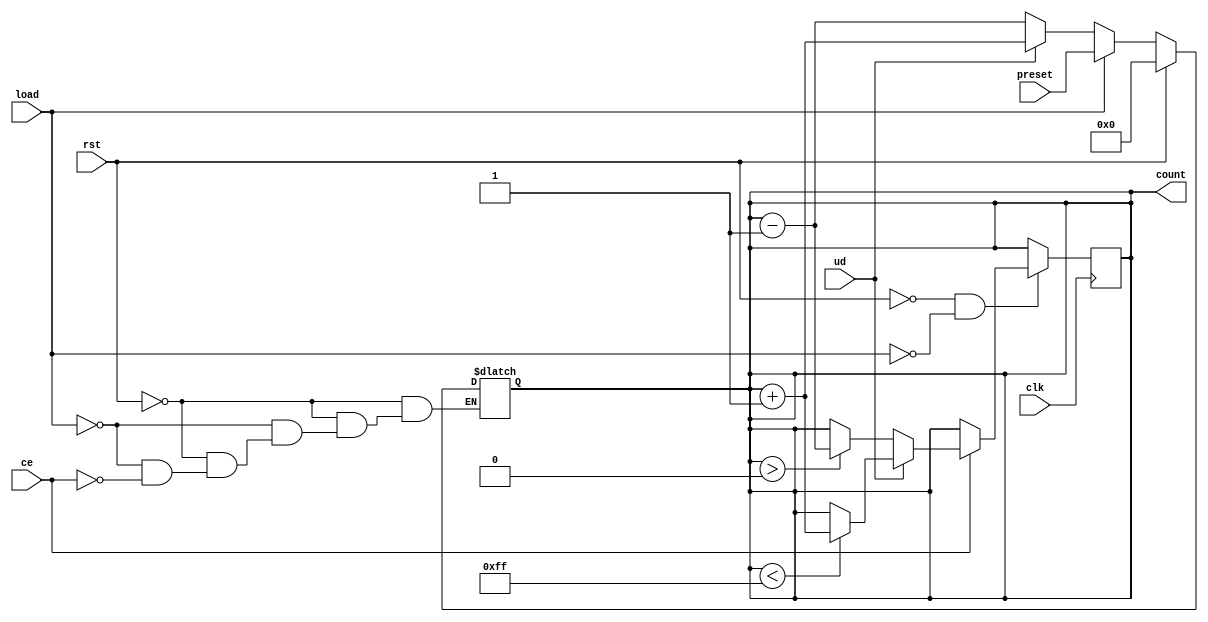
module async_load_counter (
    input wire clk,            // Clock signal
    input wire rst,            // Asynchronous reset
    input wire load,           // Load signal
    input wire ce,             // Count enable signal
    input wire ud,             // Up/Down control signal
    input wire [7:0] preset,   // Preset value (8-bit)
    output reg [7:0] count     // Counter value (8-bit)
);

    // Asynchronous reset and load logic
    always @* begin
        if (rst) begin
            count = 8'b0;       // Reset the counter to 0
        end else if (load) begin
            count = preset;     // Load the preset value into the counter
        end else begin
            if (ce) begin
                // Count up or down based on the ud signal
                if (ud) begin
                    count = count + 1; // Increment the counter
                end else begin
                    count = count - 1; // Decrement the counter
                end
            end
        end
    end

    // Synchronous logic for counting
    always @(posedge clk) begin
        if (!rst && !load) begin
            // Update the counter only if not resetting or loading
            if (ce) begin
                // Properly handle overflow/underflow
                if (ud) begin
                    if (count < 8'hFF) begin
                        count <= count + 1; // Increment with overflow check
                    end
                end else begin
                    if (count > 0) begin
                        count <= count - 1; // Decrement with underflow check
                    end
                end
            end
        end
    end

endmodule